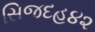
સિજદહ૪૨